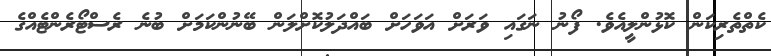
ކެތްތެރިކަން ކޮޅުންލީއެވެ. ފޯނު ނަގައި ވަރަށް އަވަަހަށް ބައްދަލުކޮށްލަން ބޭނުންކަމަށް ބުނެ ރެސްޓޯރެންޓެއްގެ